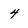
Character: 4